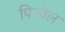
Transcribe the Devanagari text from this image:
पिल्पेल